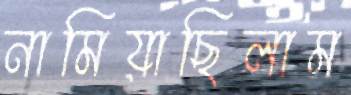
নামিয়াছিলাম